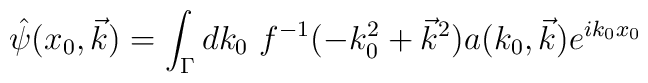
\hat\psi(x_0,\vec{k})=\int_\Gamma dk_0~f^{-1}(-k_0^2+\vec{k}^2)a(k_0,\vec{k})e^{ik_0x_0}